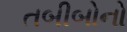
તબીબોનો